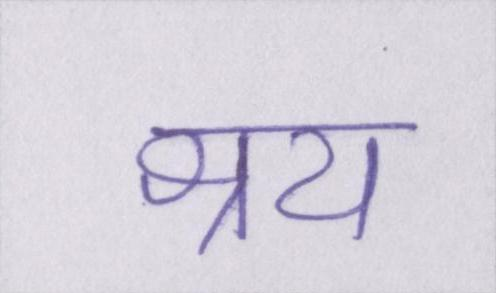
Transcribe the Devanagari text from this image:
क्षय